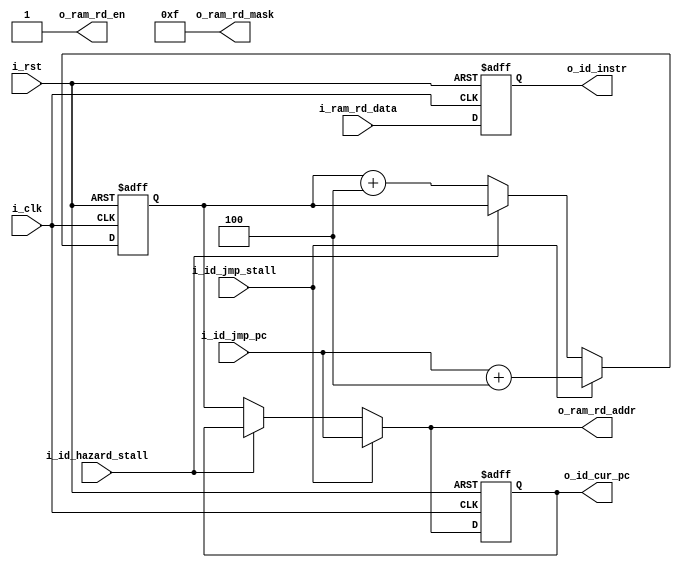
`default_nettype none

module nnrv_if
(
i_clk,
i_rst,

o_ram_rd_addr,
o_ram_rd_en,
o_ram_rd_mask,
i_ram_rd_data,

o_id_instr,
o_id_cur_pc,
i_id_jmp_stall,
i_id_jmp_pc,
i_id_hazard_stall
);

/* parameter */

parameter INSTR_WIDTH = 32;
parameter ADDR_WIDTH = 8;
parameter XLEN = 32;

/* port */

input wire i_clk;
input wire i_rst;

output wire [XLEN-1:0] o_ram_rd_addr;
output reg o_ram_rd_en;
output reg [3:0] o_ram_rd_mask;
input wire [INSTR_WIDTH-1:0] i_ram_rd_data;

output wire [INSTR_WIDTH-1:0] o_id_instr;
output wire [XLEN-1:0] o_id_cur_pc;
input wire i_id_jmp_stall;
input wire [XLEN-1:0] i_id_jmp_pc;
input wire i_id_hazard_stall;

/* define */

/* local */

reg [XLEN-1:0] pc = {XLEN{1'b0}};
reg [INSTR_WIDTH-1:0] instr = {INSTR_WIDTH{1'b0}};

reg [XLEN-1:0] cur_pc = {XLEN{1'b0}};

assign o_ram_rd_addr = (i_id_jmp_stall) ? i_id_jmp_pc : (i_id_hazard_stall) ? cur_pc : pc;
assign o_id_instr = instr;
assign o_id_cur_pc = cur_pc;

initial begin
    o_ram_rd_en = 1'b1;
    o_ram_rd_mask = 4'b1111;
end

always @ (posedge i_clk or posedge i_rst) begin
    if (i_rst) begin
        pc <= {XLEN{1'b0}};
    end else if (i_id_jmp_stall) begin
        pc <= i_id_jmp_pc + 4;
    end else if (i_id_hazard_stall) begin
        pc <= pc;
    end else begin
        pc <= pc + 4;
    end
end

always @ (posedge i_clk or posedge i_rst) begin
    if (i_rst) begin
        instr <= {XLEN{1'b0}};
        cur_pc <= {XLEN{1'b0}};
    end else if (i_id_jmp_stall) begin
        instr <= i_ram_rd_data;
        cur_pc <= i_id_jmp_pc;
    end else if (i_id_hazard_stall) begin
        instr <= i_ram_rd_data;
        cur_pc <= cur_pc;
    end else begin
        instr <= i_ram_rd_data;
        cur_pc <= pc;
    end
end

endmodule